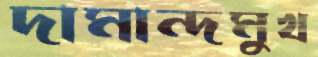
দামান্দমুখ